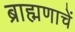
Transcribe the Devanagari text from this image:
ब्राह्मणाचें